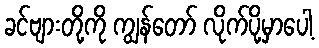
ခင်ဗျားတို့ကို ကျွန်တော် လိုက်ပို့မှာပေါ့